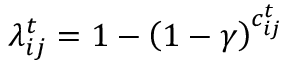
\lambda _ { i j } ^ { t } = 1 - \left( 1 - \gamma \right) ^ { c _ { i j } ^ { t } }